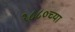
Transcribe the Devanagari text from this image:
१८८०च्या